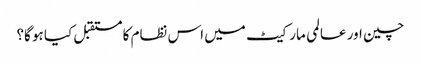
چین اور عالمی مارکیٹ میں اس نظام کا مستقبل کیا ہو گا؟